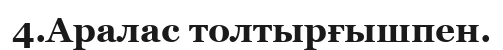
4.Аралас толтырғышпен.